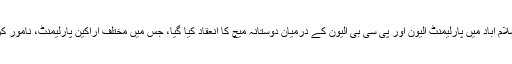
ریڈیو پاکستان کی رپورٹ کے مطابق اسلام آباد میں پارلیمنٹ الیون اور پی سی بی الیون کے درمیان دوستانہ میچ کا انعقاد کیا گیا، جس میں مختلف اراکین پارلیمنٹ، نامور کرکٹرز اور صحافی ایکشن میں نظر آئے۔